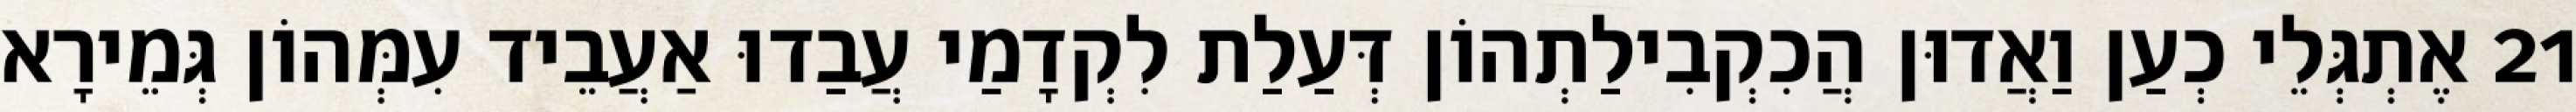
21 אֶתְגְּלֵי כְעַן וַאֲדוּן הֲכִקְבִילַתְהוֹן דְּעַלַת לִקְדָמַי עֲבַדוּ אַעֲבֵיד עִמְּהוֹן גְּמֵירָא